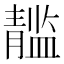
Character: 𲊘